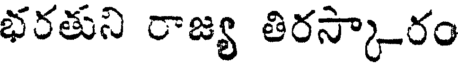
భరతుని రాజ్య తిరస్కారం